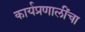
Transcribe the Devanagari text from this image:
कार्यप्रणालींचा